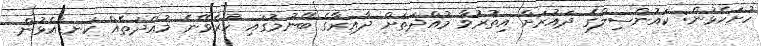
ހުށަހެޅުން: ކައުންސިލްގެ ދައުރަށް އިތުރުވާ މުއްދަތަށް ދާއިރާގެ ބޭނުމުގައި ހުރެވޭނެ މުއްދަތެއް ކަނޑައެޅުން.